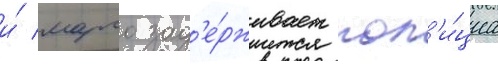
и́ марго зад'е́рживает пол'и́циа